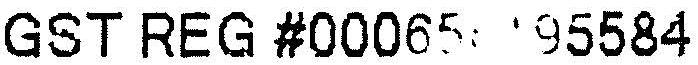
GST REG #00065 95584